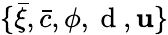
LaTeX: \{ \bar{\xi},\bar{c},\phi,\mathrm{~d~},\textbf{u}\}